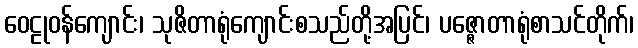
ဝေဠုဝန်ကျောင်း၊ သုဇိတာရုံကျောင်းစသည်တို့အပြင်၊ ပဇ္ဇောတာရုံစာသင်တိုက်၊